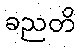
ခညတိ